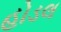
હોડલ